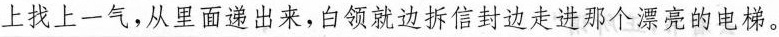
上找上一气，从里面递出来，白领就边拆信封边走进那个漂亮的电梯。